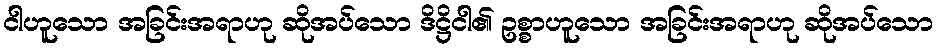
ငါဟူသော အခြင်းအရာဟု ဆိုအပ်သော ဒိဋ္ဌိငါ၏ ဥစ္စာဟူသော အခြင်းအရာဟု ဆိုအပ်သော